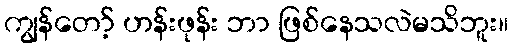
ကျွန်တော့် ဟန်းဖုန်း ဘာ ဖြစ်နေသလဲမသိဘူး။